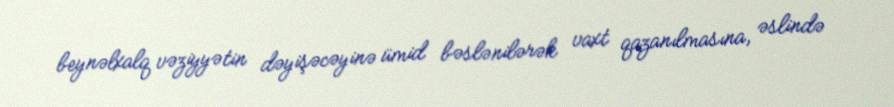
beynəlxalq vəziyyətin dəyişəcəyinə ümid bəslənilərək vaxt qazanılmasına, əslində